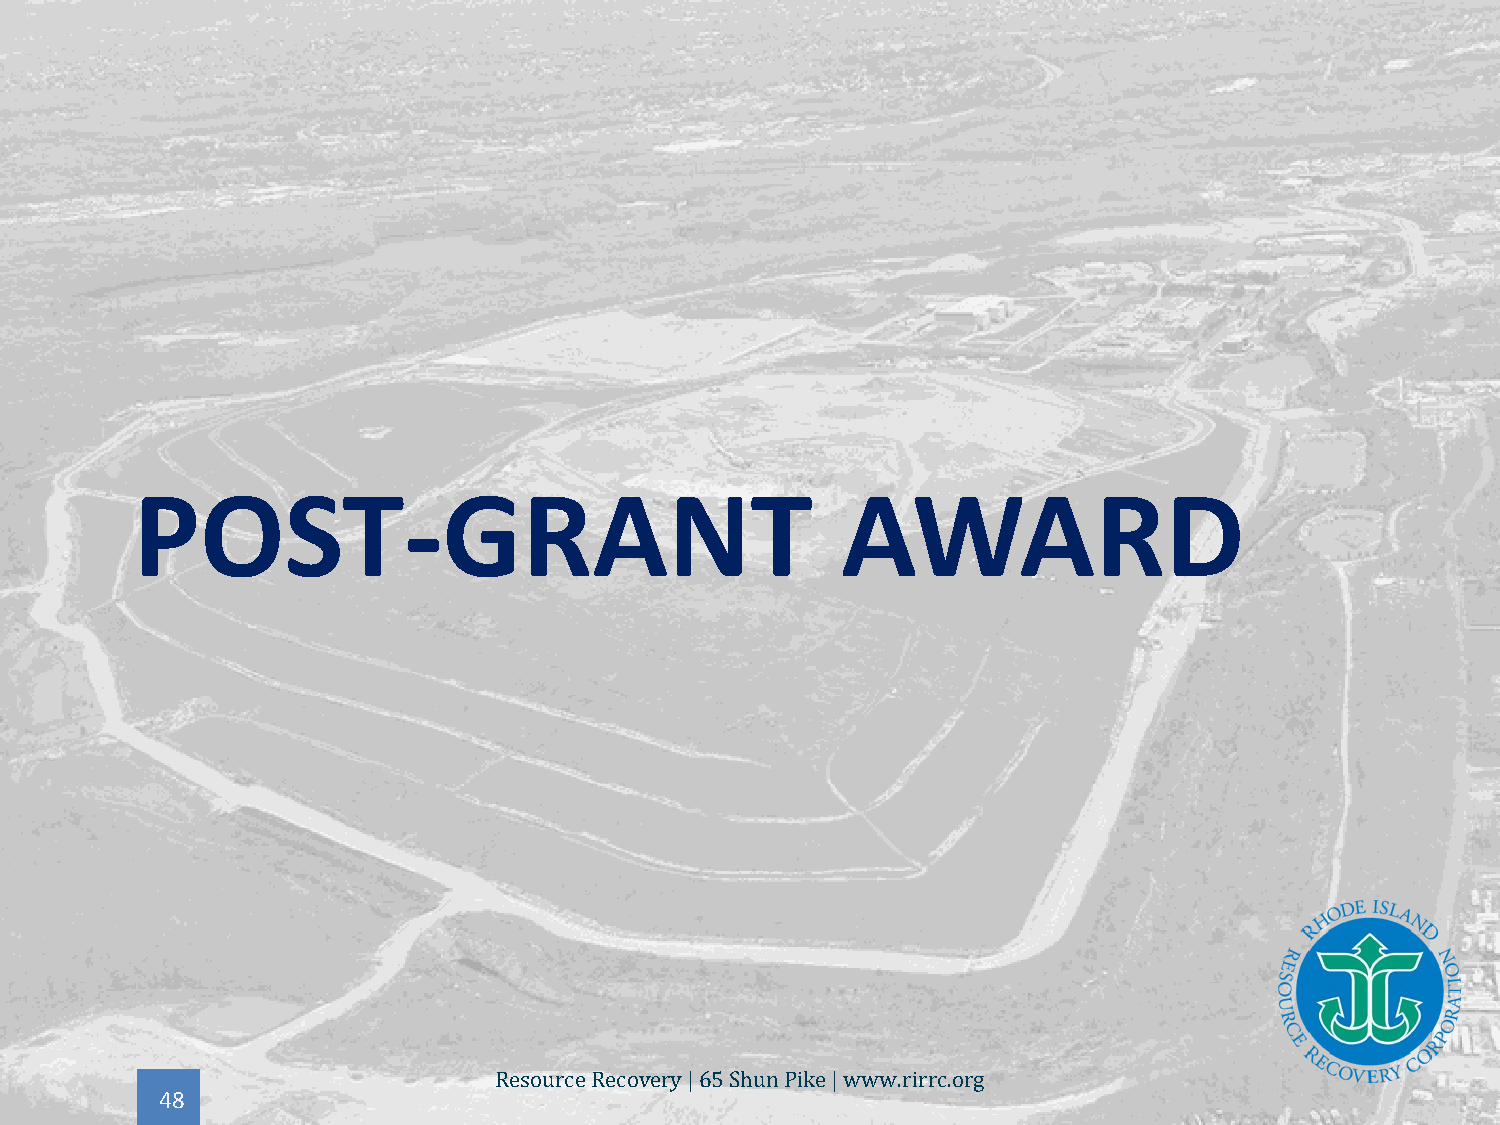
POST-GRANT                                     AWARD
 48
 Resource Recovery | 65 Shun Pike | www.rirrc.org